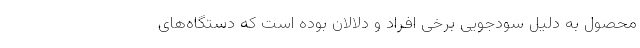
محصول به دلیل سودجویی برخی افراد و دلالان بوده است که دستگاه‌های